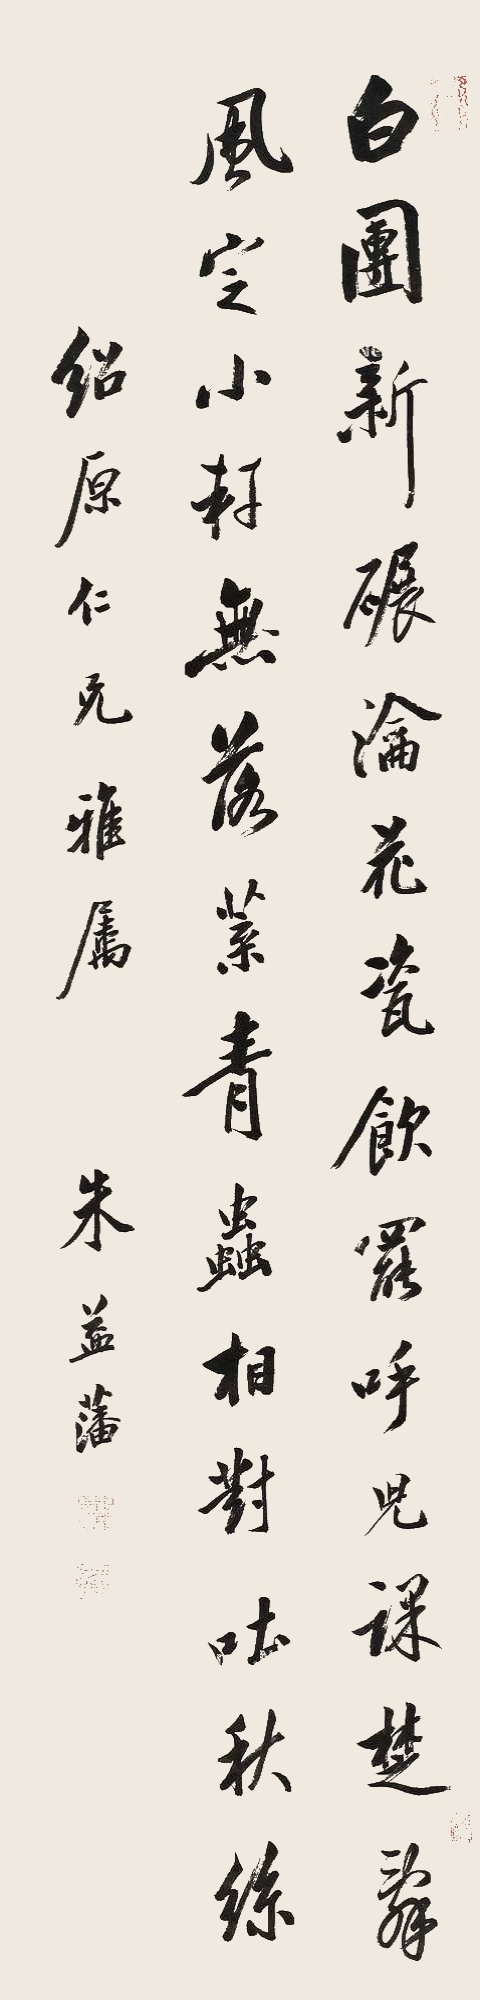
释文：白团新碾瀹花瓷，饮罢呼儿课楚辞。风定小轩无落叶，青虫相对吐秋丝。绍原仁兄雅属，朱益藩。